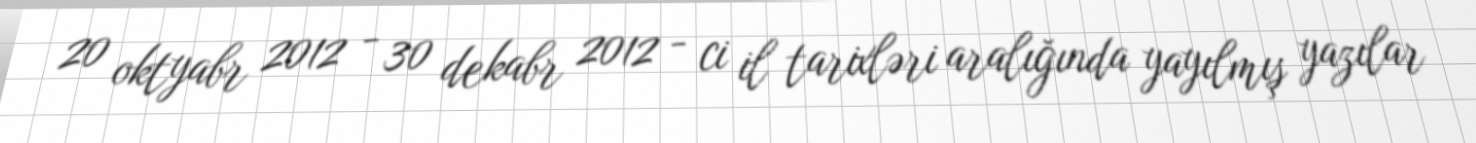
20 oktyabr 2012 - 30 dekabr 2012 - ci il tarixləri aralığında yayılmış yazılar